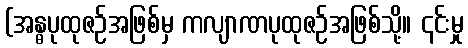
(အန္ဓပုထုဇဉ်အဖြစ်မှ ကလျာဏပုထုဇဉ်အဖြစ်သို့။ ၎င်းမှု